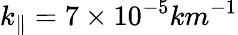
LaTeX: k_{\parallel}=7\times 10^{-5}km^{-1}